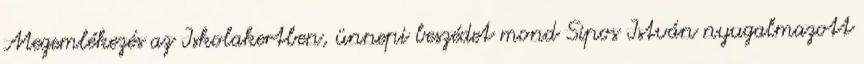
Megemlékezés az Iskolakertben, ünnepi beszédet mond Sipos István nyugalmazott